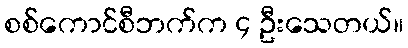
စစ်ကောင်စီဘက်က ၄ ဦးသေတယ်။